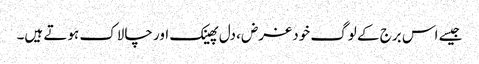
جیسے اس برج کے لوگ خود غرض، دل پھینک اور چالاک ہوتے ہیں۔